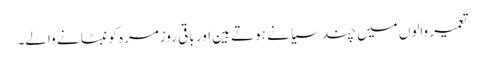
تعمیر والوں میں چند سیا نے ہوتے ہین اور باقی روزمرہ کو نبٹا نے والے۔